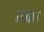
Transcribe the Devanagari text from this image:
सात।